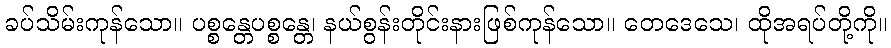
ခပ်သိမ်းကုန်သော။ ပစ္စန္တေပစ္စန္တေ၊ နယ်စွန်းတိုင်းနားဖြစ်ကုန်သော။ တေဒေသေ၊ ထိုအရပ်တို့ကို။